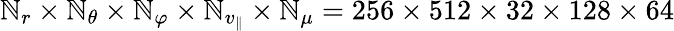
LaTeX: \mathbb{N}_{r}\times\mathbb{N}_{\theta}\times\mathbb{N}_{\varphi}\times\mathbb{N}_{v_{\parallel}}\times\mathbb{N}_{\mu}=256\times512\times32\times128\times64